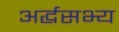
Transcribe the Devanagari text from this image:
अर्द्धसभ्य